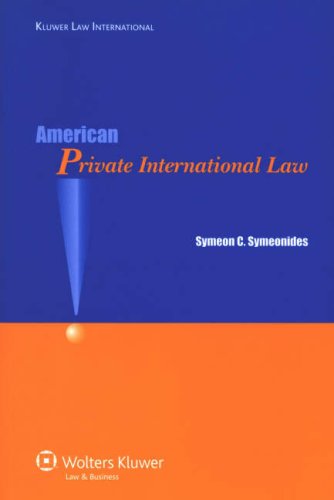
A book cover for American Private International Law; Symeon Symeonides; Law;